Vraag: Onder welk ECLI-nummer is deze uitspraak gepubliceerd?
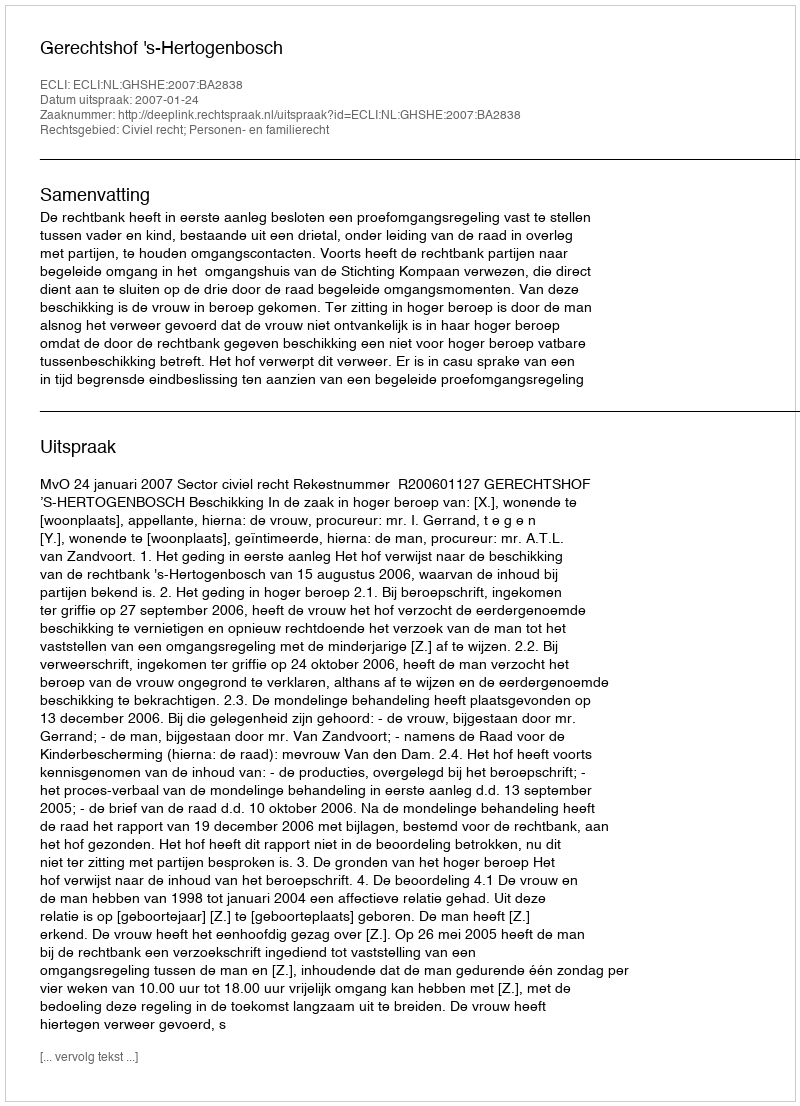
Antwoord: ECLI:NL:GHSHE:2007:BA2838